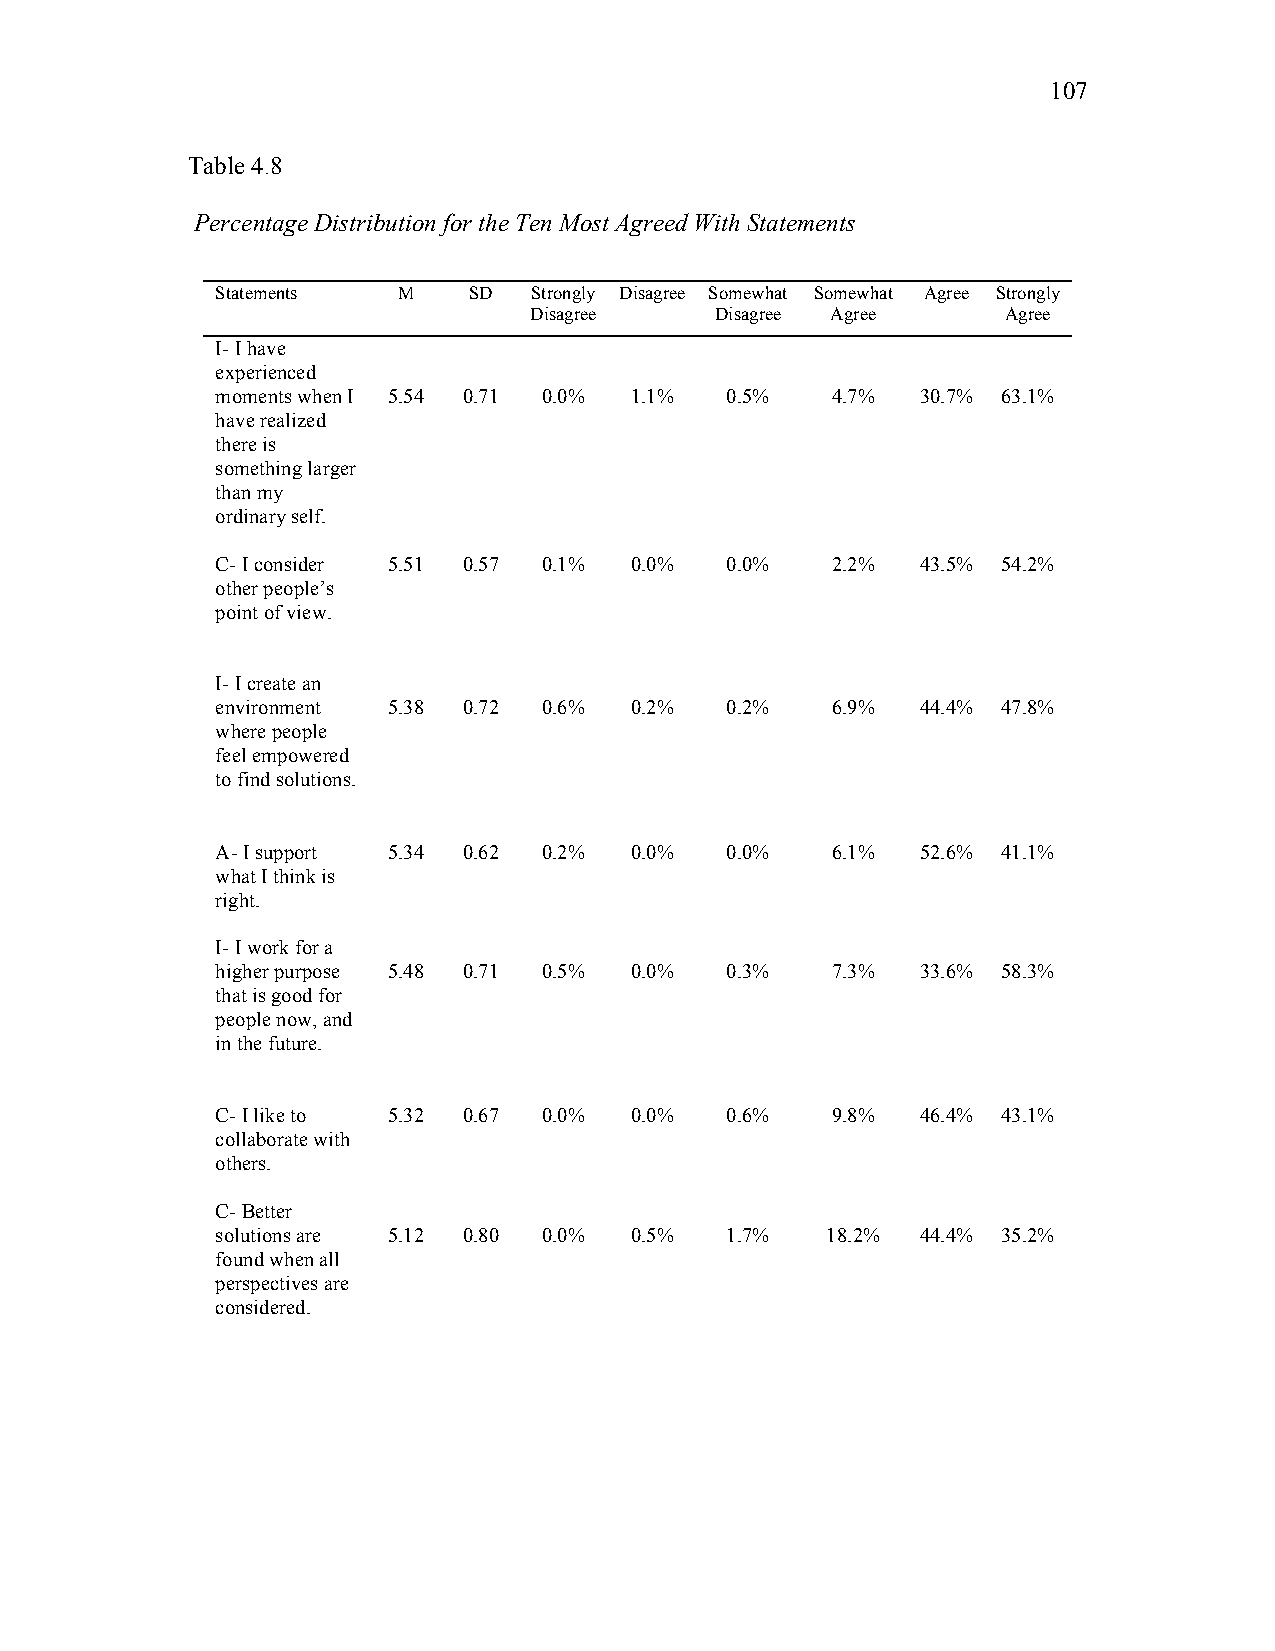
107
 Table 4.8
 Percentage Distribution for the Ten Most Agreed With Statements
 Statements  M    SD  Strongly Disagree Somewhat Somewhat Agree Strongly
 Disagree    Disagree Agree      Agree
 I- I have
 experienced
 moments when I 5.54 0.71 0.0% 1.1% 0.5%  4.7%  30.7% 63.1%
 have realized
 there is
 something larger
 than my
 ordinary self.
 C- I consider 5.51 0.57 0.1% 0.0% 0.0%   2.2%  43.5% 54.2%
 other people’s
 point of view.
 I- I create an
 environment 5.38 0.72 0.6%  0.2%  0.2%   6.9%  44.4% 47.8%
 where people
 feel empowered
 to find solutions.
 A- I support 5.34 0.62 0.2% 0.0%  0.0%   6.1%  52.6% 41.1%
 what I think is
 right.
 I- I work for a
 higher purpose 5.48 0.71 0.5% 0.0% 0.3%  7.3%  33.6% 58.3%
 that is good for
 people now, and
 in the future.
 C- I like to 5.32 0.67 0.0% 0.0%  0.6%   9.8%  46.4% 43.1%
 collaborate with
 others.
 C- Better
 solutions are 5.12 0.80 0.0% 0.5% 1.7%   18.2% 44.4% 35.2%
 found when all
 perspectives are
 considered.